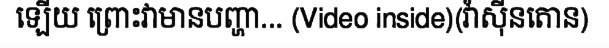
ឡើយ ព្រោះវាមានបញ្ហា... (Video inside)(វ៉ាស៊ីនតោន)